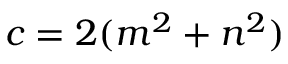
c = 2 ( m ^ { 2 } + n ^ { 2 } )